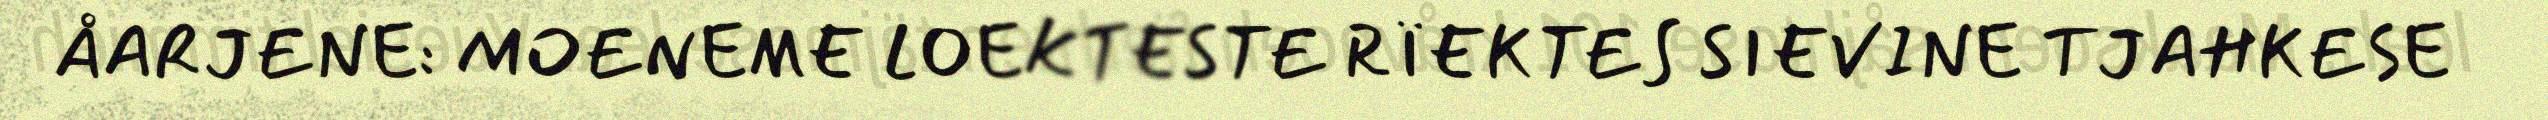
ÅARJENE: MOENEME LOEKTESTE RÏEKTES SIEVINE TJAHKESE